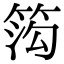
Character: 𬕋